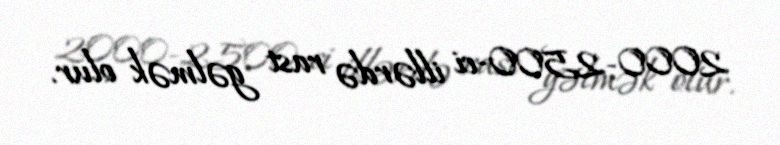
2000-2500-ci illərdə rast gəlmək olur.